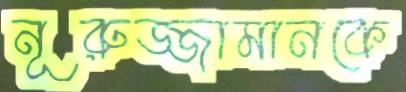
নূরুজ্জামানকে